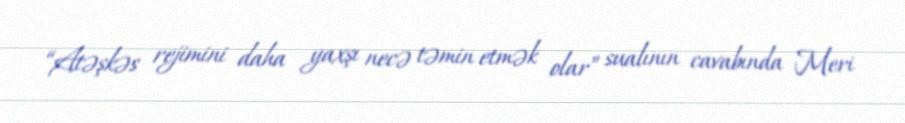
“Atəşkəs rejimini daha yaxşı necə təmin etmək olar” sualının cavabında Meri